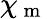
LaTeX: \chi_{\mathrm{~m~}}